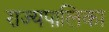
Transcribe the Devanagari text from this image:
राज्यपालिका